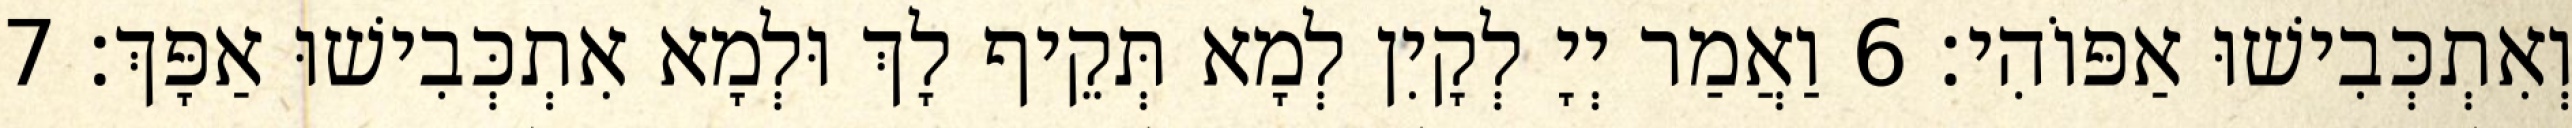
וְאִתְכְּבִישׁוּ אַפּוֹהִי׃ 6 וַאֲמַר יְיָ לְקָיִן לְמָא תְּקֵיף לָךְ וּלְמָא אִתְכְּבִישׁוּ אַפָּךְ׃ 7